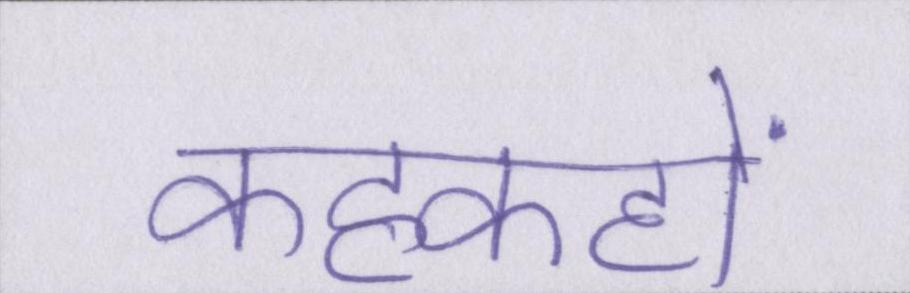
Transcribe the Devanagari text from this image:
कहकहों